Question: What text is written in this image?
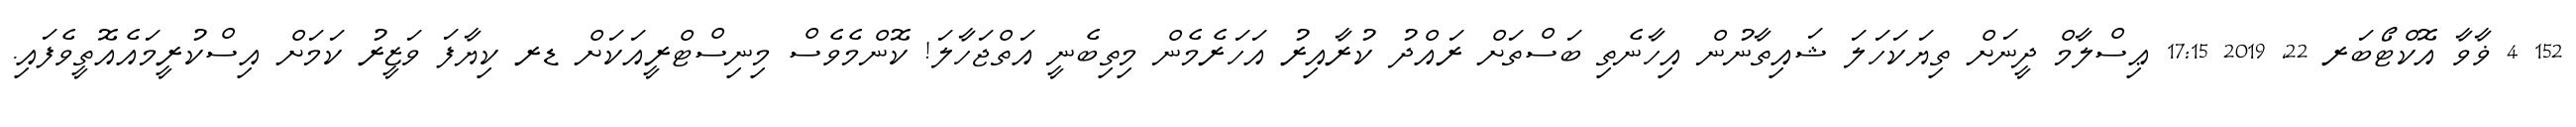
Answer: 152 4 ޥާވާ އޮކްޓޯބަރ 22, 2019 17:15 ޢިސްލާމް ދީނަށް ތިޔަކަހަލަ ޝައިތާނުން އިހާނެތި ބަސްތަށް ރައްދު ކުރާއިރު އަހަރެމެން މިތިބެނީ އަތްޖަހާލަ! ކޮންމެވެސް މިނިސްޓްރީއަކަށް ޑރ ކިޔާފަ ވަޒީރު ކަމަށް އިސްކުރީމައެއޮތީވެފައި.